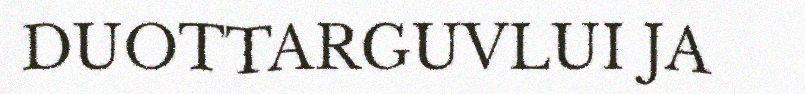
DUOTTARGUVLUI JA